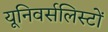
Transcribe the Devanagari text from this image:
यूनिवर्सलिस्टों